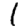
Digit: 1